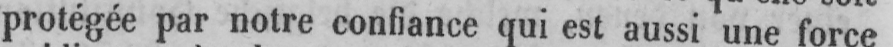
protégée par notre confiance qui est aussi une force